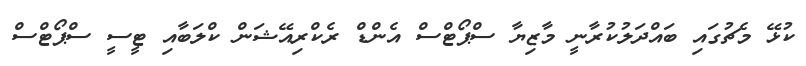
ކުޅޭ މެޗުގައި ބައްދަލުކުރާނީ މާޒިޔާ ސްޕޯޓްސް އެންޑް ރެކްރިއޭޝަން ކްލަބާއި ޓީސީ ސްޕޯޓްސް